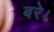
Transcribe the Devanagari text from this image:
बरे।